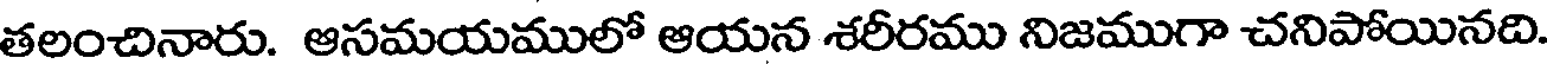
తలంచినారు. ఆసమయములో ఆయన శరీరము నిజముగా చనిపోయినది.